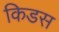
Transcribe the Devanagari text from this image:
किडस